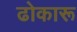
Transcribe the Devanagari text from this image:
ढोकारू